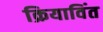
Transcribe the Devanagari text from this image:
क्रियाविंत